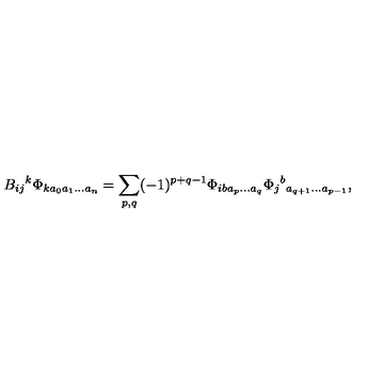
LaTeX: B _ { i j } { } ^ { k } \Phi _ { k a _ { 0 } a _ { 1 } \ldots a _ { n } } = \sum _ { p , q } ( - 1 ) ^ { p + q - 1 } \Phi _ { i b a _ { p } \ldots a _ { q } } \Phi _ { j } { } ^ { b } { } _ { a _ { q + 1 } \ldots a _ { p - 1 } } ,